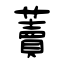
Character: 藚